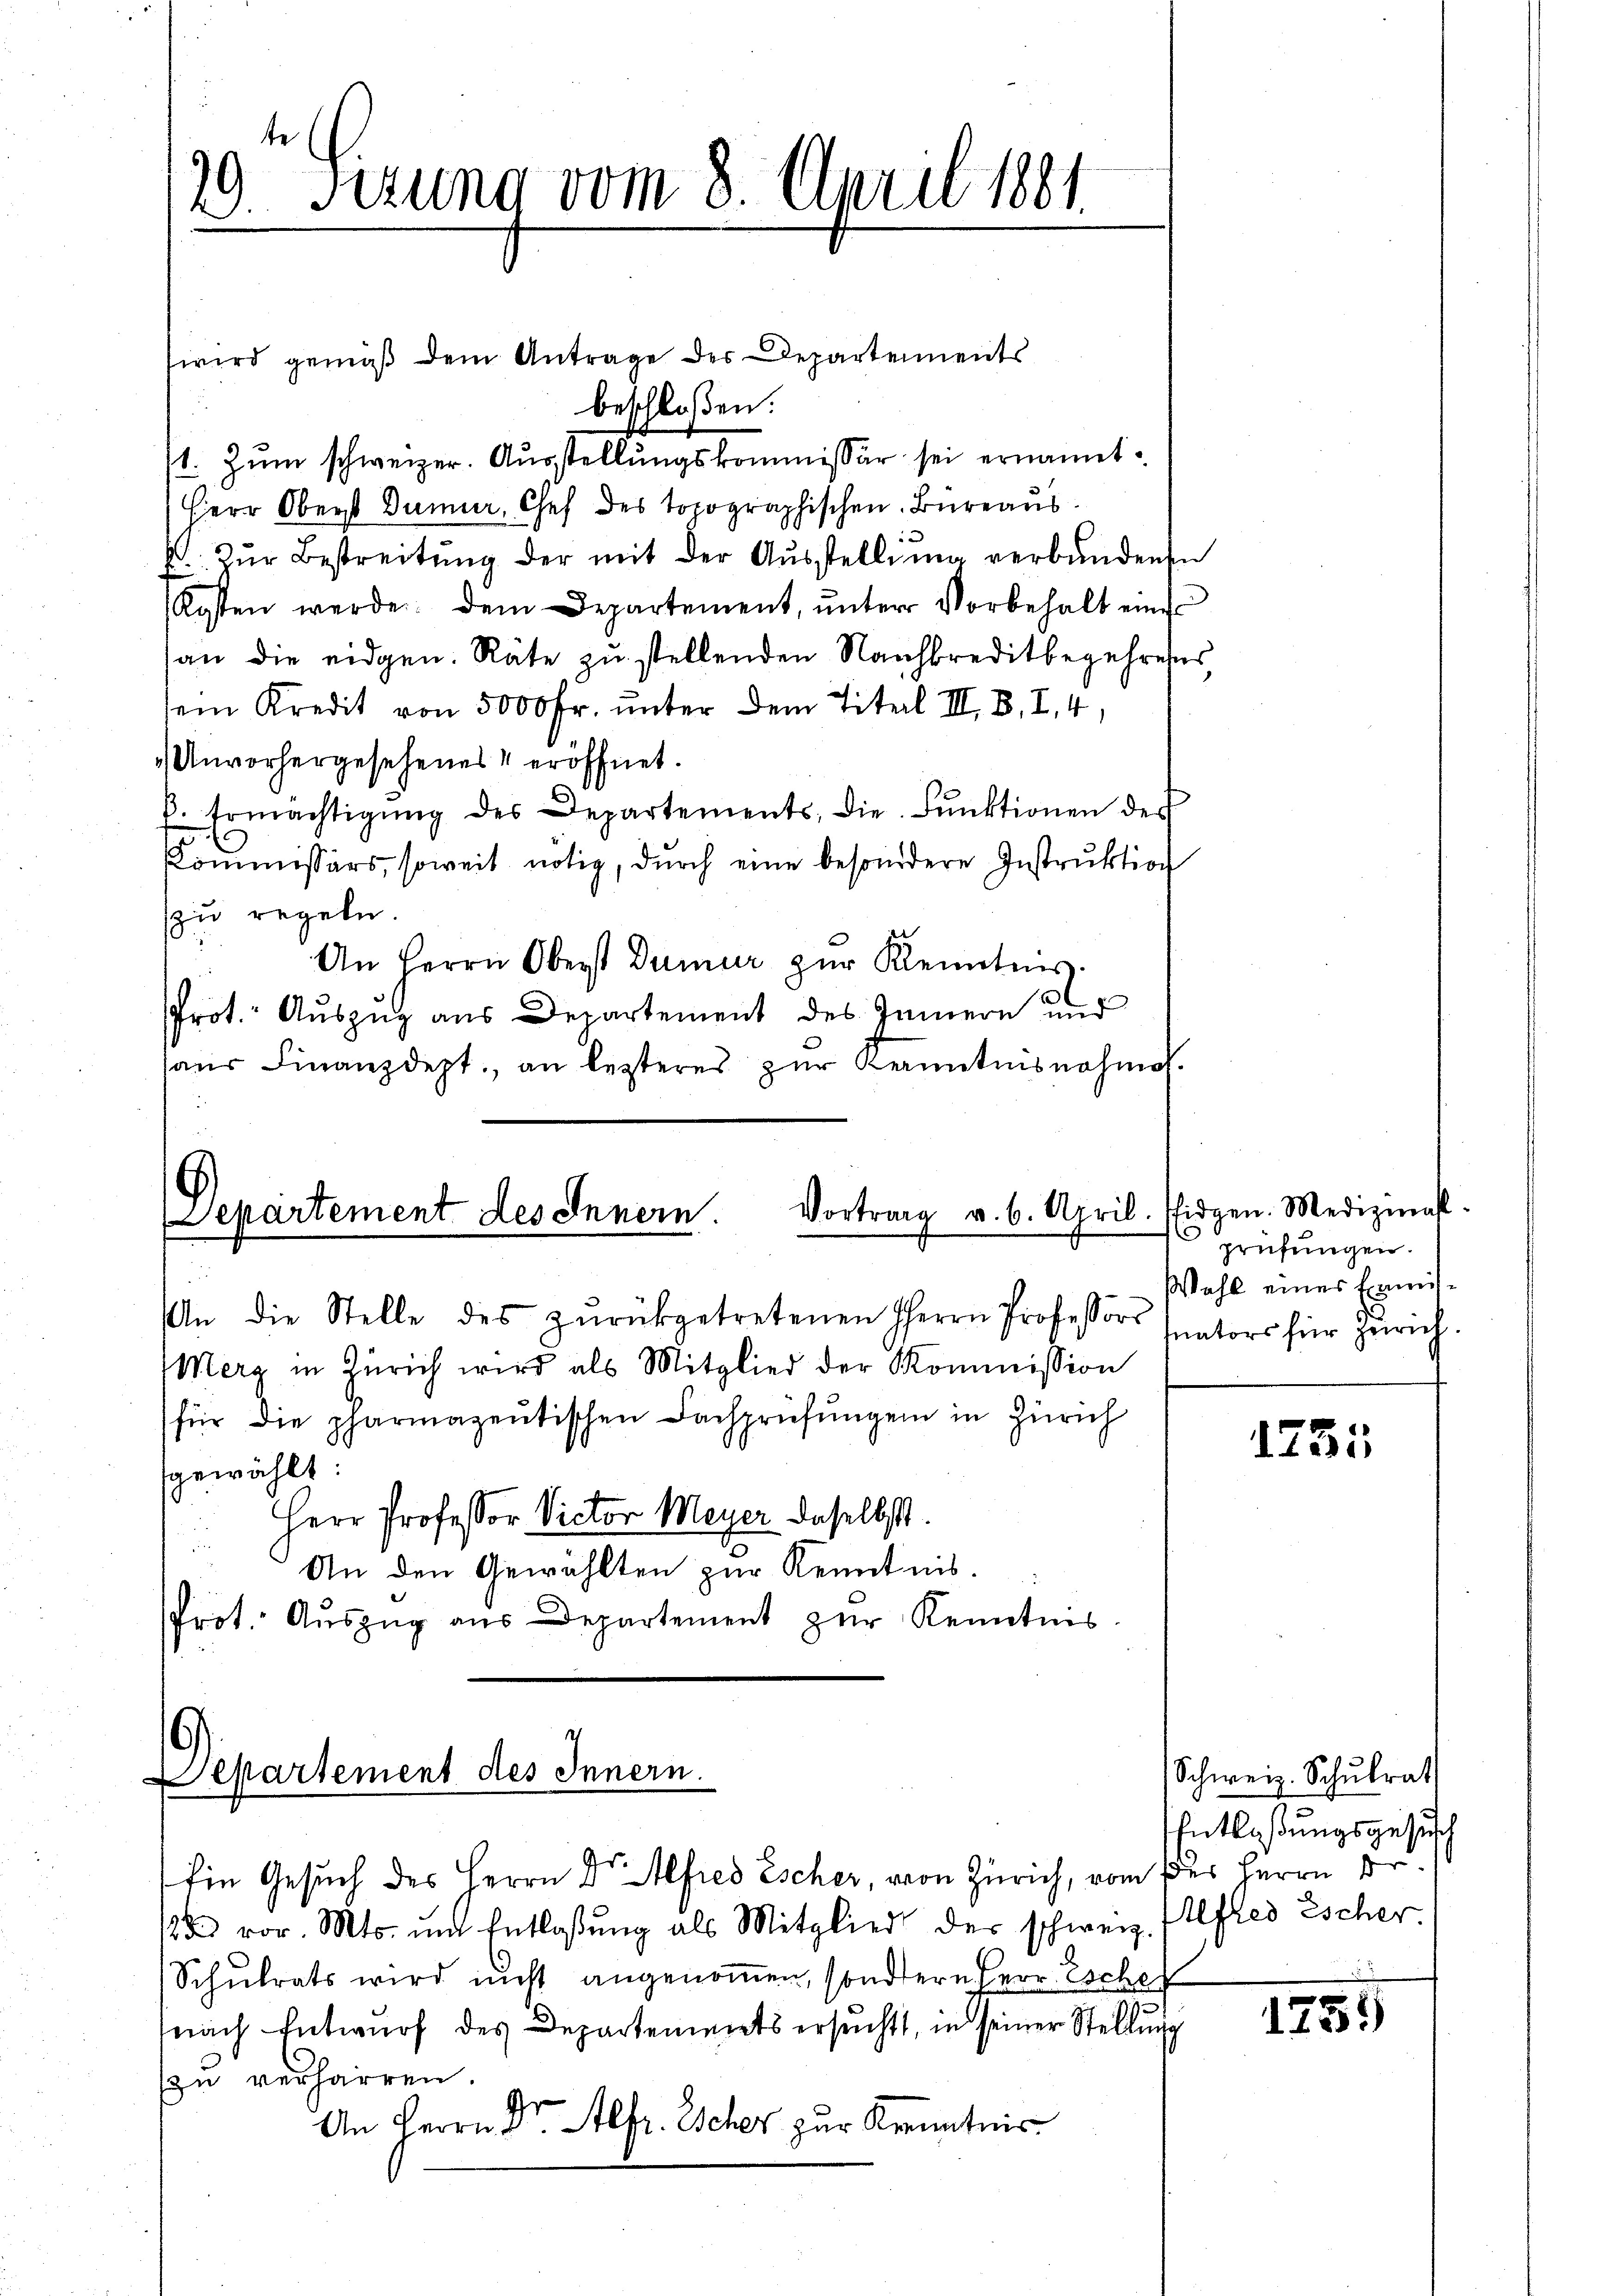
e
I. Setzung vom 8. April 1881.

wird gemäß dem Antrage des Departements
beschloßen:
1. Zŭm schweizer. Aŭsstellŭngskommissär sei ernannt.
Herr Oberst Dummer, Chef des topographischen Büreaus
E. Zur Bestreitung der mit der Ausstellung verbundenen
Kosten werde. Dem Departement, ŭnter Vorbehalt eines
an die eidgen. Räte zŭ stellenden Nachbreditbegehress
sein Kredit von 5000 Fr. unter dem Titel III. B. I. 4,
Unvorhergesehenes eröffnet.
k. Ermächtigŭng des Departements, die Fŭnktionen des
Commissärs, soweit nötig, durch eine besondere Instruktion
zu regeln.
An Herrn Oberst Dumur zur Kenntnis
Prot. Auszug aus Departement des Innern und
haŭs Finanzdept. an lezteres zŭr Kenntnisnahme.

Vortrag v. 6. April. Pfidgen. Medizial-
Departement des Innern.

Departement des Innern.

An die Stelle des zŭrückgetretenen Herrn Professors
Merg in Zürich wird als Mitglied der Kommission
für die pharmazentischen Fachprüfŭngen in Zürich
gewählt:
Herr Professor Victor Meyer daselbst.
An den Gewählten zur Kenntnis.
Prot. Aŭszŭg ans Departement zŭr Kenntnis.

Ein Gesuch des Herrn Dr. Alfred Escher, von Zürich, vom des Herrn D
/3 vor. Mts. mit Entlassŭng als Mitglied der schweiz. Alfred Escher
Schulrats wird nicht angenommen, sondern Herr Eschef
nach Entwurf des Departements ersucht, in seiner Stellung
zu verharren.
An Herrn Dr. Alfr. Escher zur Kenntnis

prüfungen.
Wahl eines Ermitfnators für Zürich.

1735

Schweiz. Schulrat
Entlaßungsgesuch

1251)